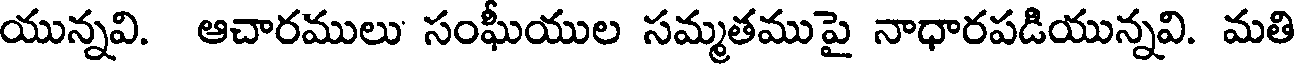
యున్నవి. ఆచారములు సంఘీయుల సమ్మతముపై నాధారపడియున్నవి. మతి